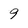
Character: 9